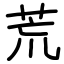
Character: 荒